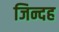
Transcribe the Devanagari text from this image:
जिन्दह